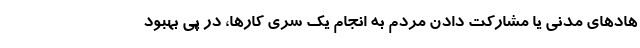
هادهای مدنی یا مشارکت دادن مردم به انجام یک سری کارها، در پی بهبود